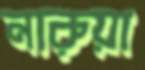
নারুয়া